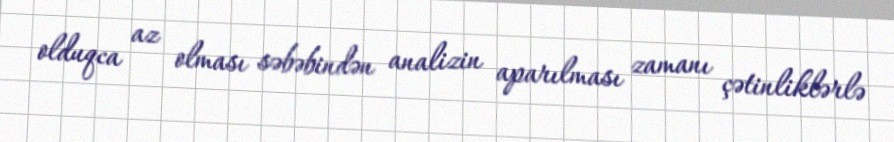
olduqca az olması səbəbindən analizin aparılması zamanı çətinliklərlə